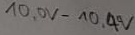
Text: 10,0V-10,4V